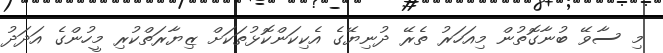
މި ސާވޭ ބުނާގޮތުން މިއަހަރު ތެރޭ ދުނިޔޭގެ އެކިކަންކޮޅުތަކަށް ޒިޔާރަތްކުރި މީހުންގެ އަދަދު